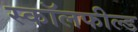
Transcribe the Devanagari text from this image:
स्कॉलफील्ड